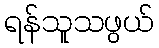
ရန်သူသဖွယ်